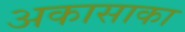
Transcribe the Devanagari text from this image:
अकासाका